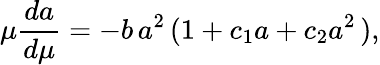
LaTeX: \mu\frac{da}{d\mu}=-b\, a^{2}\, (1+c_{1}a+c_{2}a^{2}\, ),